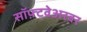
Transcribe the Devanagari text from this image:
सॉफ़्टवेअरवर